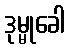
ဒုမ္မုခေါ